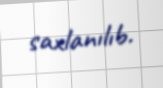
saxlanılıb.